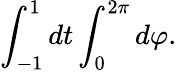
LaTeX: \int_{-1}^{1}dt\int_{0}^{2\pi}d\varphi.